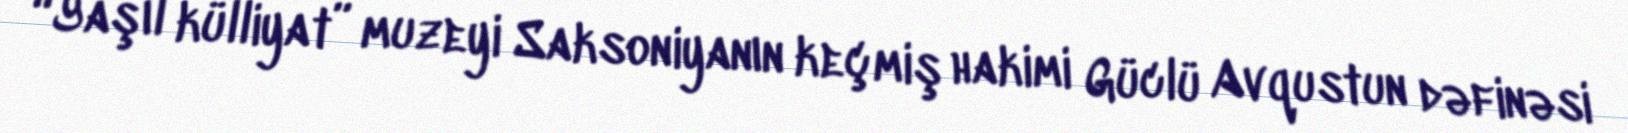
“Yaşıl külliyat” muzeyi Saksoniyanın keçmiş hakimi Güclü Avqustun dəfinəsi